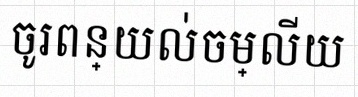
ចូរពន្យល់ចម្លើយ